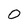
Character: O